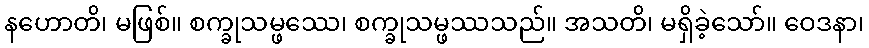
နဟောတိ၊ မဖြစ်။ စက္ခုသမ္ဖဿေ၊ စက္ခုသမ္ဖဿသည်။ အသတိ၊ မရှိခဲ့သော်။ ဝေဒနာ၊